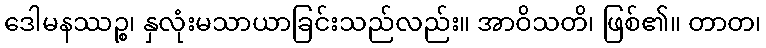
ဒေါမနဿဉ္စ၊ နှလုံးမသာယာခြင်းသည်လည်း။ အာဝိသတိ၊ ဖြစ်၏။ တာတ၊